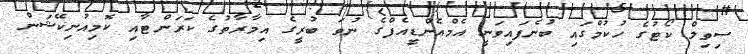
ސިވިލް ކޯޓުގެ ހުކުމްގައި ބުނެފައިވަނީ އެމްއެންޑީއެފްގެ ނުވަ ބުރީގެ އިމާރާތުގެ ކަރަންޓާއި ކޮމިއުނިކޭޝަން